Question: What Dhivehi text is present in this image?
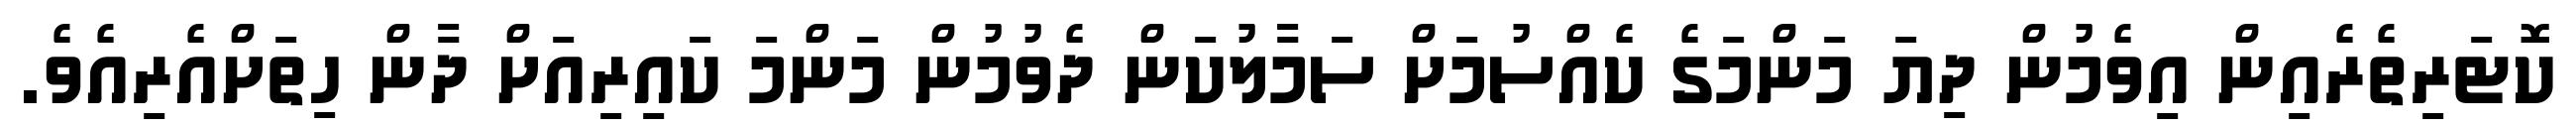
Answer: ކޮޓަރިތެރެއިން އިވެމުން ދިޔަ މަންމަގެ ކެއްސުމަށް ސަމާލުކަން ދެވުމުން މަންމަ ކައިރިއަށް ދާން ހިތަށްއެރިއެވެ.